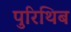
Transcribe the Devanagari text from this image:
पुरिथिब